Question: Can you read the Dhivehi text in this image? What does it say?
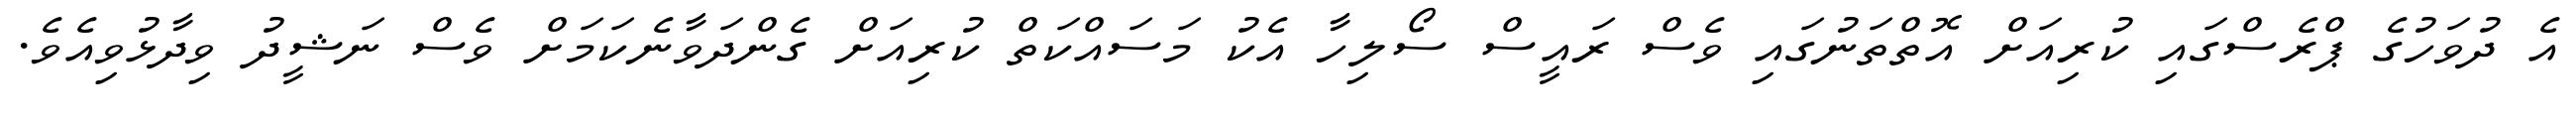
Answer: އެ ދުވަހުގެ ޕްރެސްގައި ކުރިއަށް އޮތްތަނުގައި ވެސް ރައީސް ސޯލިހާ އެކު މަސައްކަތް ކުރިއަށް ގެންދަވާނެކަމަށް ވެސް ނަޝީދު ވިދާޅުވިއެވެ.